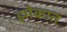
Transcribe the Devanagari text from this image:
झोकात